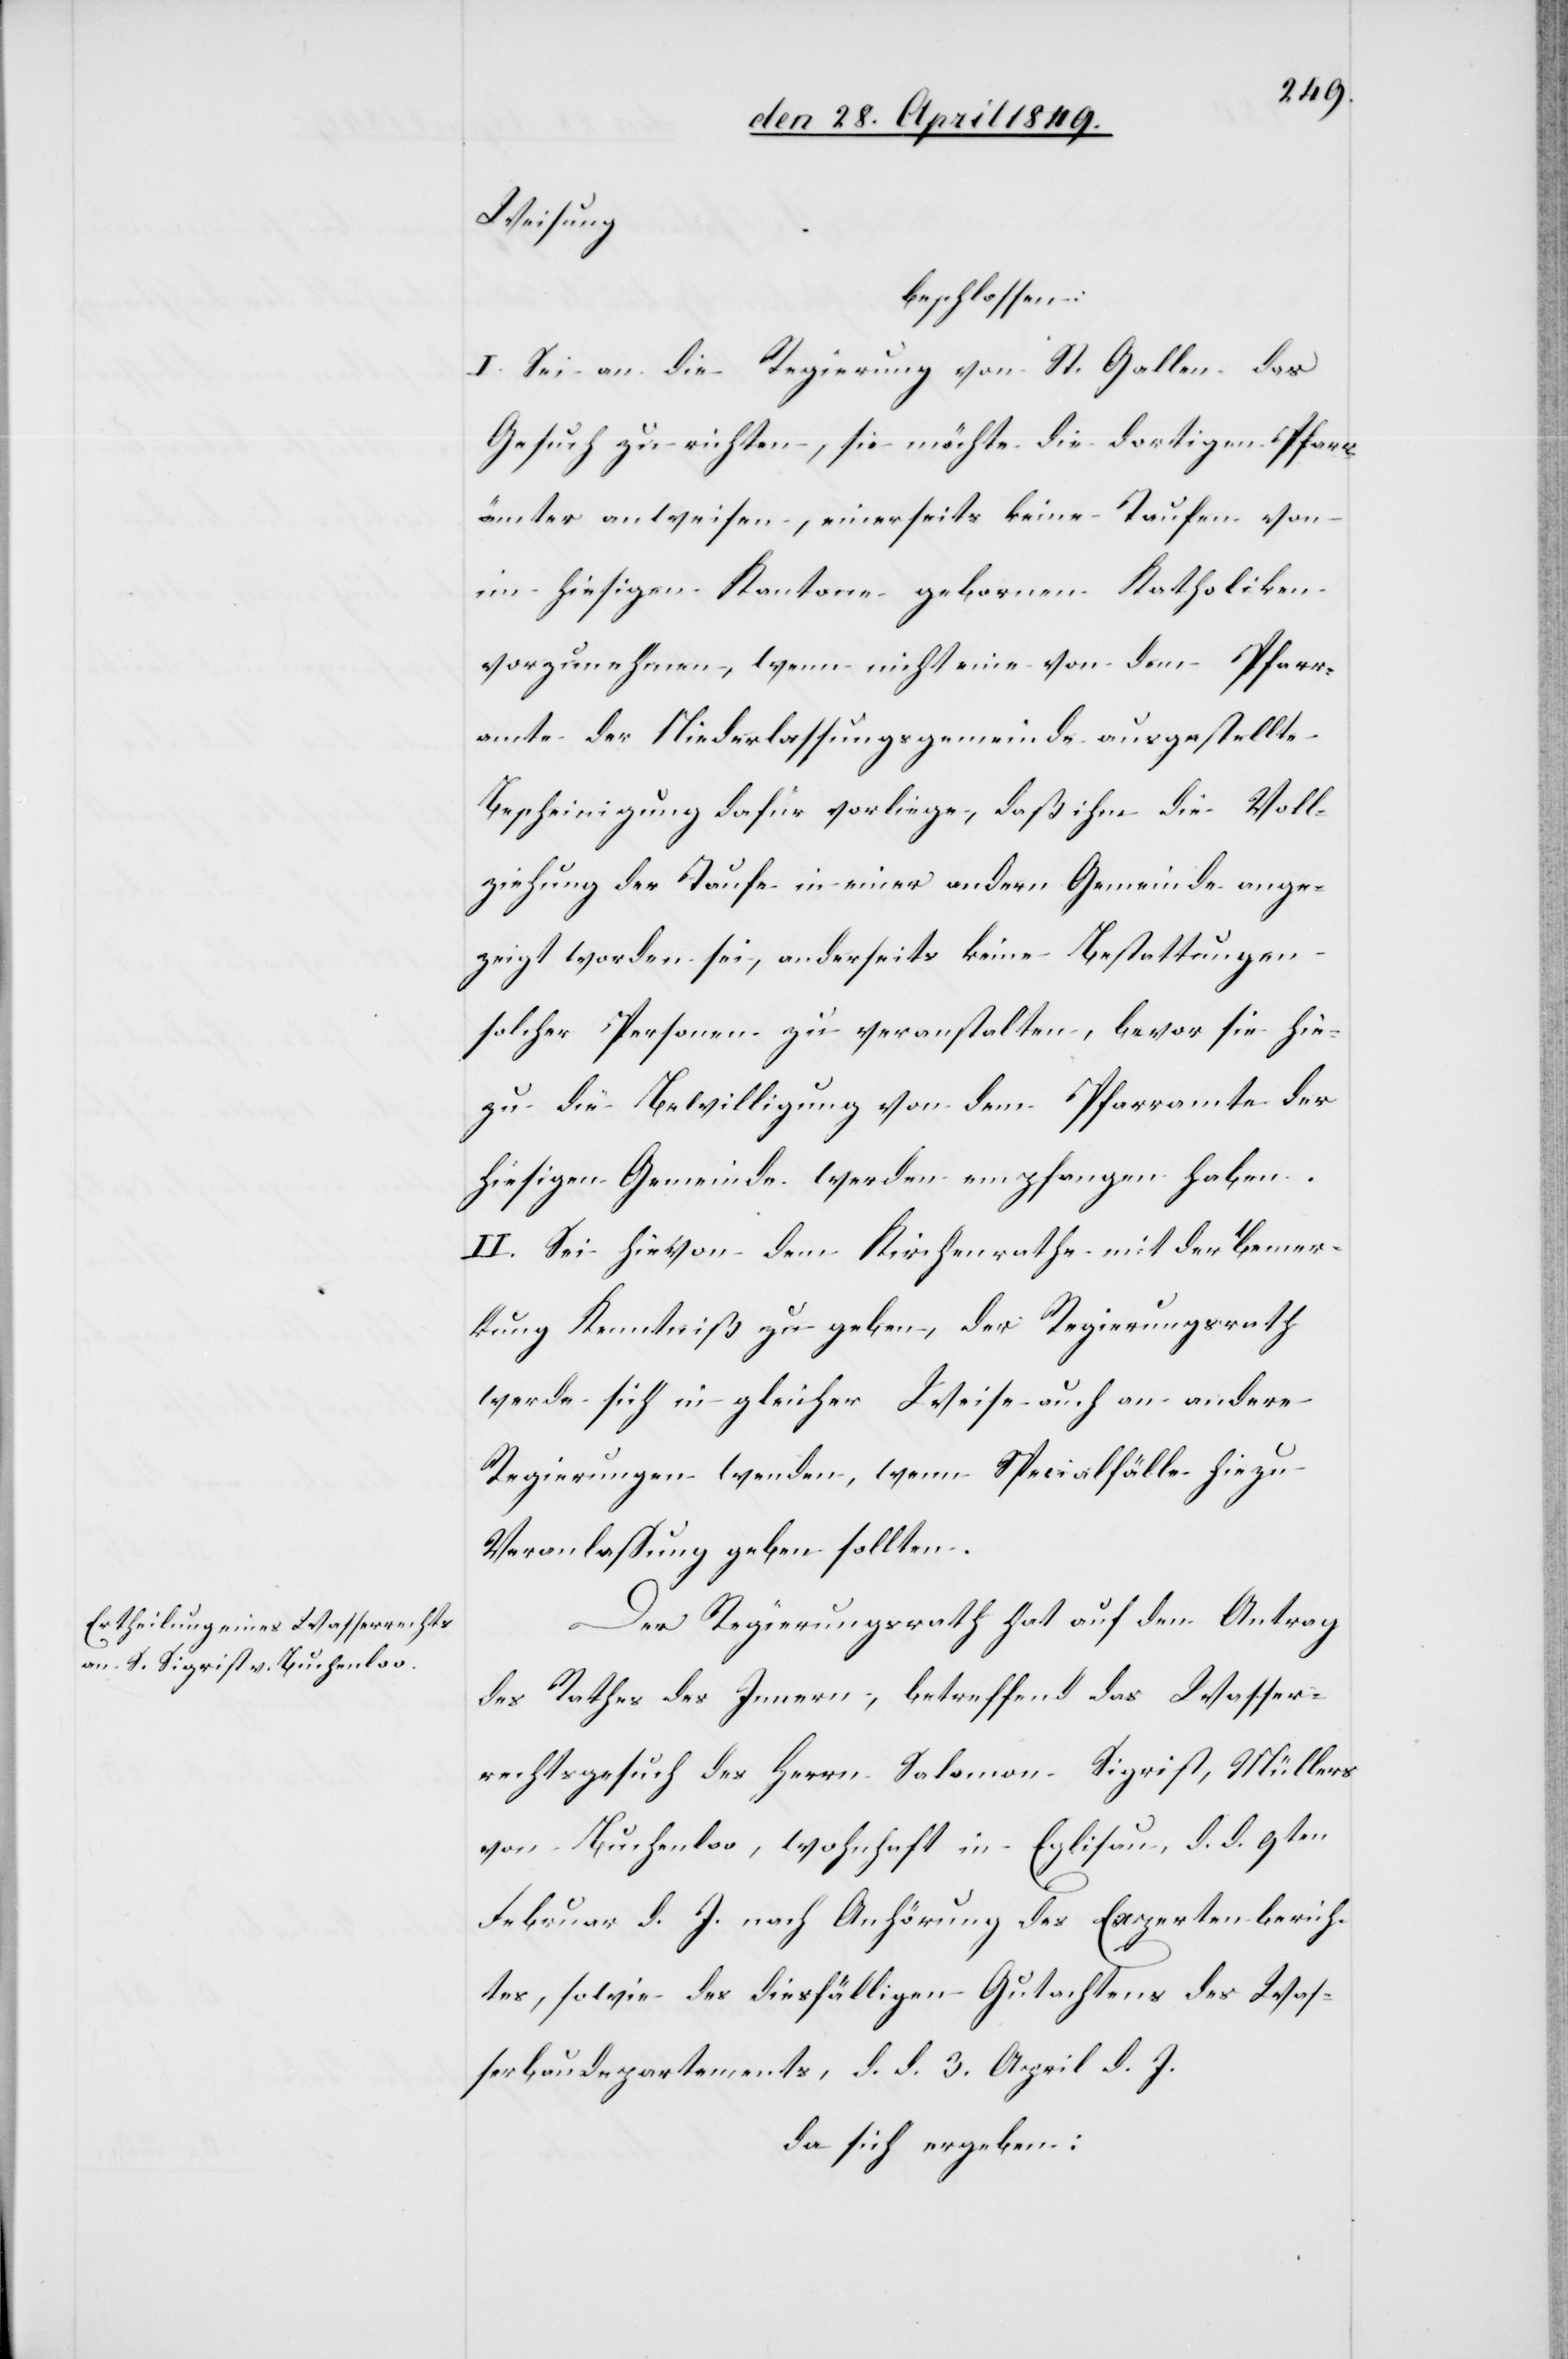
Weisung
beschlossen:
I. Sei an die Regierung von St. Gallen das
Gesuch zu richten, sie möchte die dortigen Pfarr¬
ämter anweisen, einerseits keine Taufen von
in hiesigen Kantone gebornen Katholiken
vorzunehmen, wenn nicht eine von dem Pfarr¬
amte der Niederlassungsgemeinde ausgestellte
Bescheinigung dafür vorliege, daß ihm die Voll¬
ziehung der Taufe in einer andern Gemeinde ange¬
zeigt worden sei, anderseits keine Bestattungen
solcher Personen zu veranstalten, bevor sie hie¬
zu die Bewilligung von dem Pfarramte der
hiesigen Gemeinde werden empfangen haben.
II. Sei hievon dem Kirchenrathe mit der Bemer¬
kung Kenntniß zu geben, der Regierungsrath
werde sich in gleicher Weise auch an andere
Regierungen wenden, wenn Specialfälle hiezu
Veranlassung geben sollten.
Der Regierungsrath hat auf den Antrag
des Rathes des Innern, betreffend das Wasser¬
rechtsgesuch des Herrn Salomon Sigrist, Müllers
von Buchenloo, wohnhaft in Eglisau, d. d. 9ten
Februar d. J. nach Anhörung des Expertenberich¬
tes, sowie des diesfälligen Gutachtens des Was¬
serbaudepartements, d. d. 3. April d. J.
da sich ergeben: